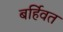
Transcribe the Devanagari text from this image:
बर्हिवत